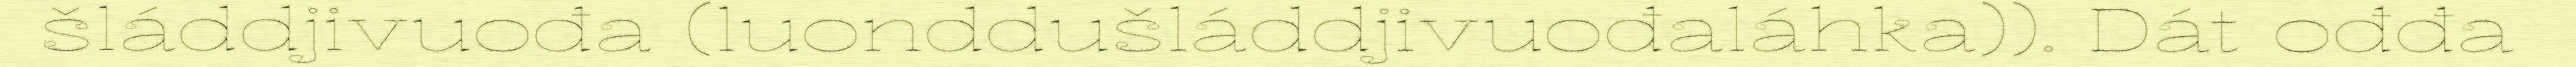
šláddjivuođa (luonddušláddjivuođaláhka)). Dát ođđa